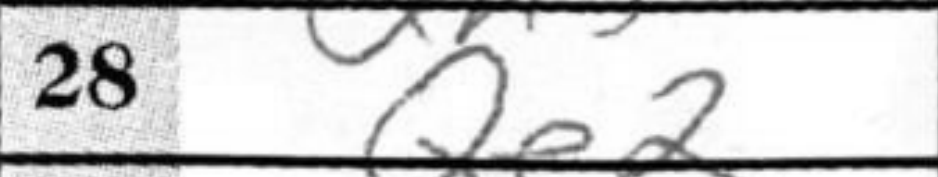
Transcription: Qe2